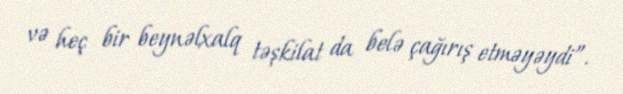
və heç bir beynəlxalq təşkilat da belə çağırış etməyəydi”.